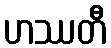
ဟဿတီ